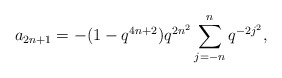
\begin{align*} a_{2n+1} = -(1-q^{4n+2})q^{2n^2}\sum_{j=-n}^{n} q^{-2j^2},\end{align*}